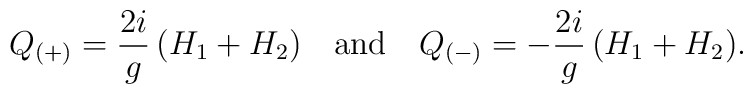
Q_{(+)}={2i\over g}\,(H_1+H_2)\quad{\rm and}\quad Q_{(-)}=-{2i\over g}\,(H_1+H_2).